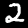
Label: 2